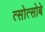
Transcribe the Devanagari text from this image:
त्सोत्सोबे